Indian journal of veterinary science and animal husbandry - Volumes 22-23, 1952-1953
Year: 1952
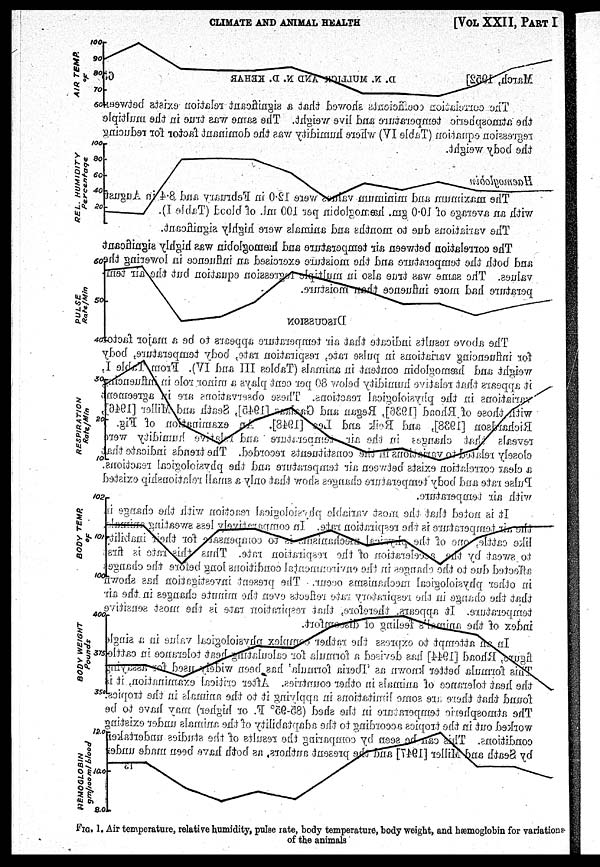
CLIMATE AND ANIMAL HEALTH
[VOL XXII, PART I
FIG. 1. Air temperature, relative humidity, pulse rate, body temperature, body weight, and hæmoglobin for variations
of the animals